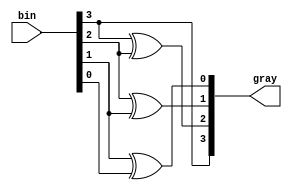
module binary2gray(bin,gray);
  input [3:0] bin;
  output [3:0] gray;
  assign gray[3]=bin[3];
  assign gray[2]=bin[3]^bin[2];
  assign gray[1]=bin[2]^bin[1];
  assign gray[0]=bin[1]^bin[0];
endmodule